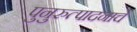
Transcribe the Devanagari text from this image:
पुनुरुत्पादनाचे